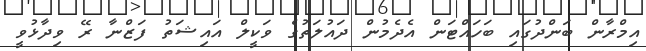
އިމްރާން ބަންދުގައި ބަހައްޓަން އެދެމުން ދައުލަތުގެ ވަކީލް އައިޝަތު ފަޒްނާ ރޭ ވިދާޅުވީ